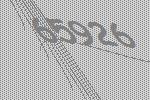
65926